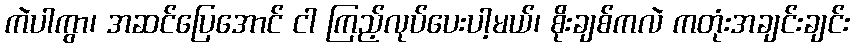
ကဲပါကွာ၊ အဆင်ပြေအောင် ငါ ကြည့်လုပ်ပေးပါ့မယ်၊ စိုးချစ်ကလဲ ကတုံးအချင်းချင်း